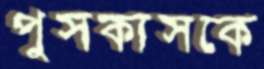
পুসকাসকে